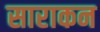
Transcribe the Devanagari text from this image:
साराकन